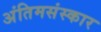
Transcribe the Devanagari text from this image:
अंतिमसंस्कार